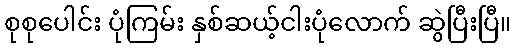
စုစုပေါင်း ပုံကြမ်း နှစ်ဆယ့်ငါးပုံလောက် ဆွဲပြီးပြီ။